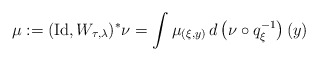
\begin{align*}\mu := (\mathrm{Id} , W _{\tau , \lambda} ) ^\ast \nu = \int \mu _{(\xi , y )} \, d \left( \nu \circ q _\xi ^{-1} \right) (y)\end{align*}